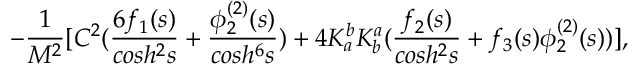
\; \; \; \; \; \; - \frac { 1 } { M ^ { 2 } } [ C ^ { 2 } ( \frac { 6 f _ { 1 } ( s ) } { c o s h ^ { 2 } s } + \frac { \phi _ { 2 } ^ { ( 2 ) } ( s ) } { c o s h ^ { 6 } s } ) + 4 K _ { a } ^ { b } K _ { b } ^ { a } ( \frac { f _ { 2 } ( s ) } { c o s h ^ { 2 } s } + f _ { 3 } ( s ) \phi _ { 2 } ^ { ( 2 ) } ( s ) ) ] ,